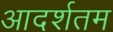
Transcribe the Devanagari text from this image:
आदर्शतम